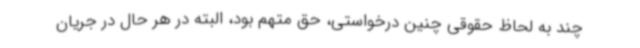
چند به لحاظ حقوقی چنین درخواستی، حق متهم بود، البته در هر حال در جریان